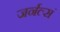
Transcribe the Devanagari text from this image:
जर्नल्सं